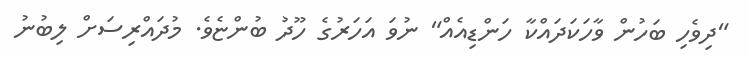
"ދިވެހި ބަހުން ވާހަކަދައްކާ ހަންޑިއެއް" ނުވަ އަހަރުގެ ހޫދު ބުންޏެވެ. މުދައްރިސަށް ލިބުނު